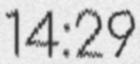
14:29